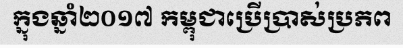
ក្នុងឆ្នាំ២០១៧ កម្ពុជាប្រើប្រាស់ប្រភព